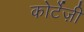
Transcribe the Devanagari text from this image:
कोर्टेज़ी